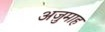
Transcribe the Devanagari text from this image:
अज़ुमाह